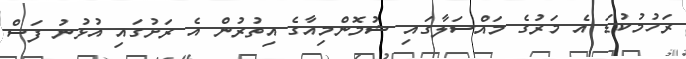
ރަހުމުކުޑަ އެ މަރުގެ މައްސަލާގައި ޝުމޮންމިއާގެ އިތުރުން އެ ރަށުގައި އުޅުނު ފަސް